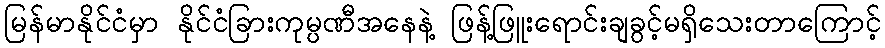
မြန်မာနိုင်ငံမှာ နိုင်ငံခြားကုမ္ပဏီအနေနဲ့ ဖြန့်ဖြူးရောင်းချခွင့်မရှိသေးတာကြောင့်